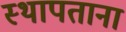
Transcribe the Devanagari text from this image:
स्थापताना